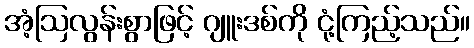
အံ့ဩလွန်းစွာဖြင့် ဂျူးဒစ်ကို ငုံ့ကြည့်သည်။